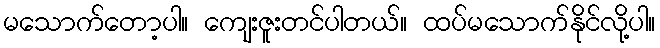
မသောက်တော့ပါ။ ကျေးဇူးတင်ပါတယ်။ ထပ်မသောက်နိုင်လို့ပါ။